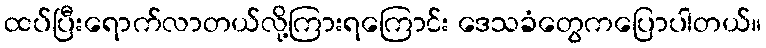
ထပ်ပြီးရောက်လာတယ်လို့ကြားရကြောင်း ဒေသခံတွေကပြောပါတယ်။